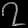
Digit: ၇